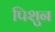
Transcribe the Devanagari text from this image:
पिशुन